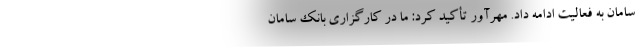
سامان به فعالیت ادامه داد. مهرآور تأکید کرد: ما در کارگزاری بانک سامان